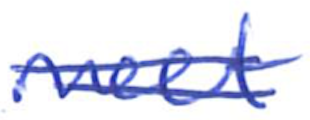
Text: meet
Cross-out: double-line
Writing tool: ballpoint